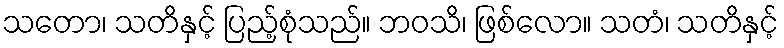
သတော၊ သတိနှင့် ပြည့်စုံသည်။ ဘဝသိ၊ ဖြစ်လော။ သတံ၊ သတိနှင့်